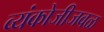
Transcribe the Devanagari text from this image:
व्यंकोजीजवळ